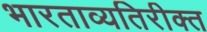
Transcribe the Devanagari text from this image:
भारताव्यतिरीक्त